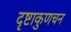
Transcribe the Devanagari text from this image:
दृष्टाकुणचन